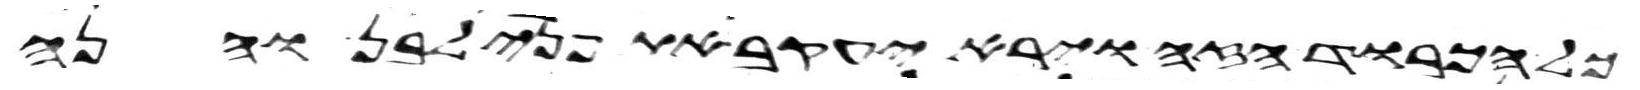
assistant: כל הכבוד הזה וירא יעקב את פני לבן והנה